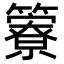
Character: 𥶣